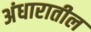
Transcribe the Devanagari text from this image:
अंधारातील